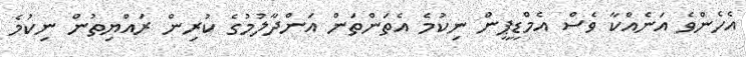
އެހެންވެ އަނެއްކާ ވެސް އެމްޑީޕީން ނިކުމެ އެތަންތަން އަންދާލުމުގެ ކުރިން ރައްޔިތުން ނިކުމެ